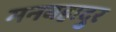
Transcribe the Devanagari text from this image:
मनबहादुर